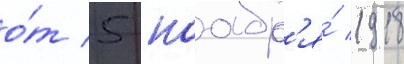
о́т 5 ноабр'я́ 1918